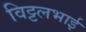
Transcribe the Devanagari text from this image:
विट्टलभाई